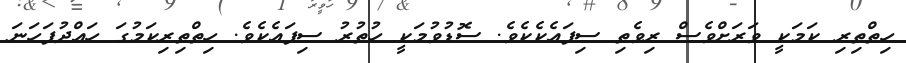
ހިތްތިރި ކަމަކީ ވަރަށްވެސް ރިވެތި ސިފައެކެކެވެ. ސޮޑުވުމަކީ ހުތުރު ސިފައެކެވެ. ހިތްތިރިކަމުގަ ހައްދުފަހަނަ